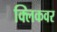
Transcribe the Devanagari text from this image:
क्लिकवर